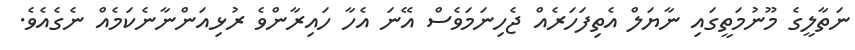
ނަތާލީގެ މޫނުމަތީގައި ނާޔަލް އެތިފަހަރެއް ޖެހިނަމަވެސް އޭނަ އެހާ ހައިރާންވެ ރުޅިއަންނާނެކަމެއް ނެގެއެވެ.